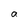
Character: a